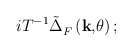
\begin{align*}iT^{-1}\tilde{\Delta}_F^{}\left( \mathbf{k,}\theta \right) ;\end{align*}